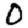
Digit: 0